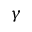
\gamma